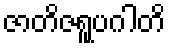
ဇာတိဇရူပဂါတိ